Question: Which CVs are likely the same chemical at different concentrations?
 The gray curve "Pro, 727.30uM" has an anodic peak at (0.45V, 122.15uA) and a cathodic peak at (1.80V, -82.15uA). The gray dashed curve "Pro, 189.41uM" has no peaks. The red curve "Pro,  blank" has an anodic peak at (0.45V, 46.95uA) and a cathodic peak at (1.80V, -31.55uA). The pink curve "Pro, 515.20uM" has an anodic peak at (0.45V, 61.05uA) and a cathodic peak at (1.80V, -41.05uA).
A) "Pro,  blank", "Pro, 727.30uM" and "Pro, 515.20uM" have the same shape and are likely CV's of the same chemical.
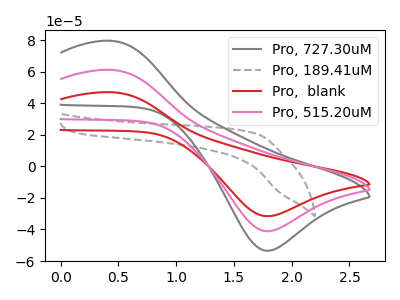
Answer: <think>"Pro, 727.30uM" and "Pro, 189.41uM" have a different number of peaks. All the peaks in "Pro, 727.30uM" have a peak in "Pro,  blank" at the same potential. Every peak in "Pro, 727.30uM" is higher than every peak in "Pro,  blank". All the peaks in "Pro, 727.30uM" have a peak in "Pro, 515.20uM" at the same potential. Every peak in "Pro, 727.30uM" is higher than every peak in "Pro, 515.20uM". "Pro, 189.41uM" and "Pro,  blank" have a different number of peaks. "Pro, 189.41uM" and "Pro, 515.20uM" have a different number of peaks. All the peaks in "Pro,  blank" have a peak in "Pro, 515.20uM" at the same potential. Every peak in "Pro,  blank" is lower than every peak in "Pro, 515.20uM".
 </think>
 <answer>A) "Pro,  blank", "Pro, 727.30uM" and "Pro, 515.20uM" have the same shape and are likely CV's of the same chemical.</answer>
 <eval>A</eval>